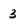
Character: 3